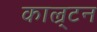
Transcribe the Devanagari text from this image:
काल्र्टन